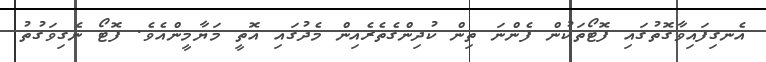
އެނގިފައިވާގޮތުގައި ފޮޓޯތަކުން ފެންނަ ތިން ކުދިންގެތެރެއިން މެދުގައި އޮތީ މަޔާމީންއެވެ. ފޮޓޯ ނެގިވަގުތު